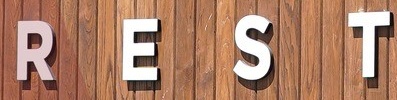
R E S T